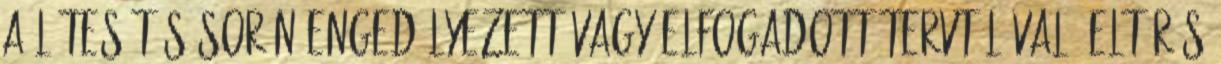
A létesítés során engedélyezett vagy elfogadott tervtõl való eltérés